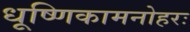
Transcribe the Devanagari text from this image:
धूष्णिकामनोहरः